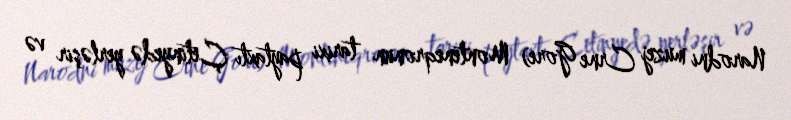
Narodni muzej Crne Gore) Monteneqronun tarixi paytaxtı Çetinyedə yerləşir və